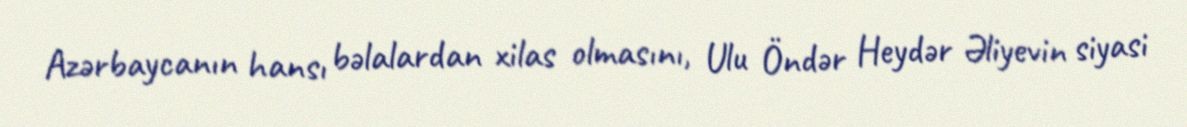
Azərbaycanın hansı bəlalardan xilas olmasını, Ulu Öndər Heydər Əliyevin siyasi